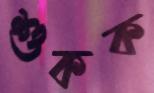
শুকক